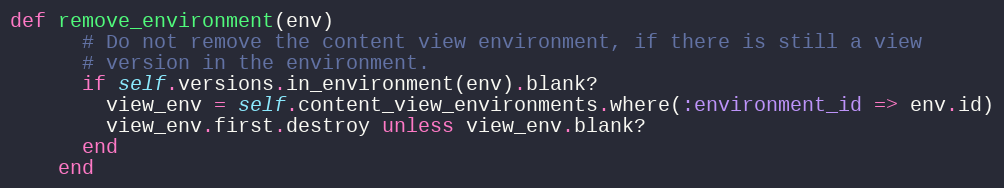
Language: Ruby
def remove_environment(env)
      # Do not remove the content view environment, if there is still a view
      # version in the environment.
      if self.versions.in_environment(env).blank?
        view_env = self.content_view_environments.where(:environment_id => env.id)
        view_env.first.destroy unless view_env.blank?
      end
    end